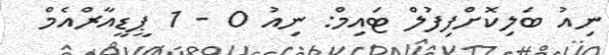
ނިއު ބަލިކޮށްފިފުލް ޓައިމް: ނިއު 0 - 1 ޕީޑީއާރްއެމް